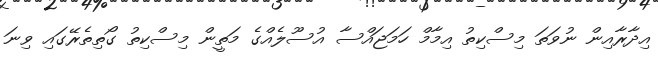
އިދާރާއިން ނުވަތަ މިސްކިތު އިމާމް ހަމަޖައްސާ އުސޫލެއްގެ މަތީން މިސްކިތު ގޯތިތެރޭގައި ވިނަ